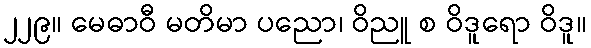
၂၂၉။ မေဓာဝီ မတိမာ ပညော၊ ဝိညူ စ ဝိဒူရော ဝိဒူ။